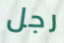
رجل